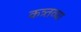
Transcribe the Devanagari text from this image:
कत्र्तव्या